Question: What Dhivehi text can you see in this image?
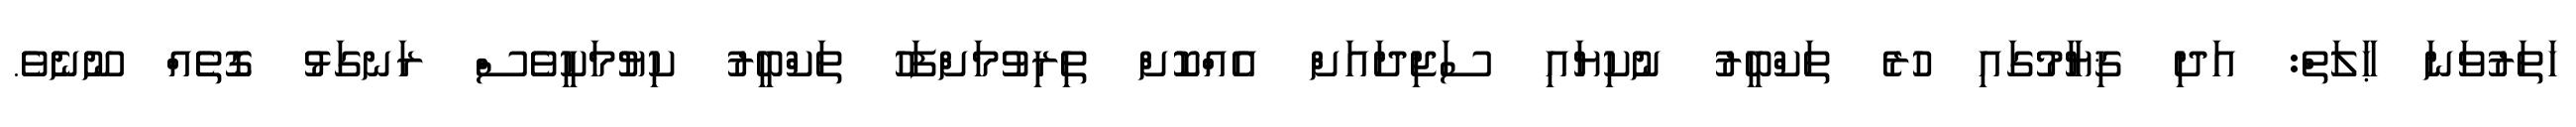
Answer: ހަތަރުވަނަ ޙާލަތް: އަދި ޤިޔާމުގައި ހުރެ ތަކްބީރު ނުކިޔައި ސަޖިދައަށް އެއްކޮށް ތިރިވުމަށްފަހު ތަކްބީރު ކިޔުމަކީވެސް ރަނގަޅު ގޮތެއް ނޫނެވެ.